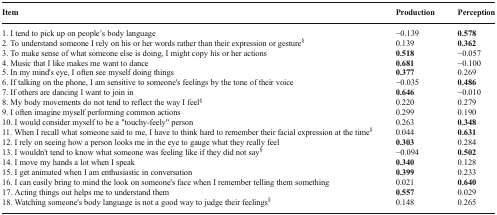
<table><thead><tr><td><b>Item</b></td><td><b>Production</b></td><td><b>Perception</b></td></tr></thead><tbody><tr><td>1. I tend to pick up on people’s body language2. To understand someone I rely on his or her words rather than their expression or gesture<sup>§</sup>3. To make sense of what someone else is doing, I might copy his or her actions4. Music that I like makes me want to dance5. In my mind&#x27;s eye, I often see myself doing things6. If talking on the phone, I am sensitive to someone&#x27;s feelings by the tone of their voice7. If others are dancing I want to join in8. My body movements do not tend to reflect the way I feel<sup>§</sup>9. I often imagine myself performing common actions10. I would consider myself to be a &quot;touchy-feely&quot; person11. When I recall what someone said to me, I have to think hard to remember their facial expression at the time<sup>§</sup>12. I rely on seeing how a person looks me in the eye to gauge what they really feel13. I wouldn&#x27;t tend to know what someone was feeling like if they did not say<sup>§</sup>14. I move my hands a lot when I speak15. I get animated when I am enthusiastic in conversation16. I can easily bring to mind the look on someone&#x27;s face when I remember telling them something17. Acting things out helps me to understand them18. Watching someone&#x27;s body language is not a good way to judge their feelings<sup>§</sup></td><td>−0.1390.139<b>0.518</b><b>0.681</b><b>0.377</b>−0.035<b>0.646</b>0.2200.2990.2630.044<b>0.303</b>−0.094<b>0.340</b><b>0.399</b>0.021<b>0.557</b>0.148</td><td><b>0.578</b><b>0.362</b>−0.057−0.1000.269<b>0.486</b>−0.0100.2790.190<b>0.348</b><b>0.631</b>0.284<b>0.502</b>0.1280.233<b>0.640</b>0.0290.265</td></tr></tbody></table>